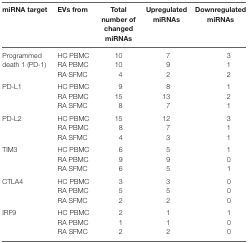
<table><thead><tr><td><b>miRNA target</b></td><td><b>EVs from</b></td><td><b>Total number of changed miRNAs</b></td><td><b>Upregulated miRNAs</b></td><td><b>Downregulated miRNAs</b></td></tr></thead><tbody><tr><td rowspan="3">Programmed death 1 (PD-1)</td><td>HC PBMC</td><td>10</td><td>7</td><td>3</td></tr><tr><td>RA PBMC</td><td>10</td><td>9</td><td>1</td></tr><tr><td>RA SFMC</td><td>4</td><td>2</td><td>2</td></tr><tr><td rowspan="3">PD-L1</td><td>HC PBMC</td><td>9</td><td>8</td><td>1</td></tr><tr><td>RA PBMC</td><td>15</td><td>13</td><td>2</td></tr><tr><td>RA SFMC</td><td>8</td><td>7</td><td>1</td></tr><tr><td rowspan="3">PD-L2</td><td>HC PBMC</td><td>15</td><td>12</td><td>3</td></tr><tr><td>RA PBMC</td><td>8</td><td>7</td><td>1</td></tr><tr><td>RA SFMC</td><td>4</td><td>3</td><td>1</td></tr><tr><td rowspan="3">TIM3</td><td>HC PBMC</td><td>6</td><td>5</td><td>1</td></tr><tr><td>RA PBMC</td><td>9</td><td>9</td><td>0</td></tr><tr><td>RA SFMC</td><td>6</td><td>5</td><td>1</td></tr><tr><td rowspan="3">CTLA4</td><td>HC PBMC</td><td>3</td><td>3</td><td>0</td></tr><tr><td>RA PBMC</td><td>5</td><td>5</td><td>0</td></tr><tr><td>RA SFMC</td><td>2</td><td>2</td><td>0</td></tr><tr><td rowspan="3">IRF9</td><td>HC PBMC</td><td>2</td><td>1</td><td>1</td></tr><tr><td>RA PBMC</td><td>1</td><td>1</td><td>0</td></tr><tr><td>RA SFMC</td><td>2</td><td>2</td><td>0</td></tr></tbody></table>